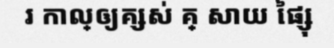
រ កាល្ឲ្យគ្សស់ គ្ សាយ ផ្សៃុ